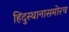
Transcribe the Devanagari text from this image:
हिंदुस्थानासमोरच